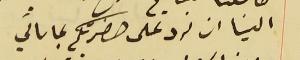
الينا ان نرد على حضرتكم بما ىأتي